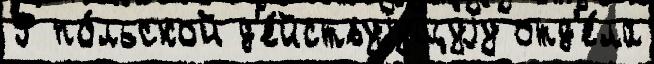
Ф по́льской д'е́йствуjущуjу отд'е́ла